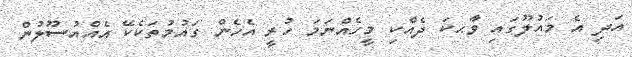
އަދި އެ މައުލޫގައި ވާޙކަ ދެއްކި މީހެއްނަމަ ހުރީ އެހެން ގައުމުތަކެކޭ އެއްއުސޫލުން